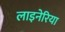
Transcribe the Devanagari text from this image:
लाइनेरिया